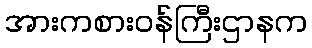
အားကစားဝန်ကြီးဌာနက